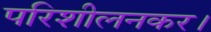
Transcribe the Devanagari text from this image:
परिशीलनकर।